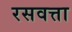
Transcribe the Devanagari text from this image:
रसवत्ता